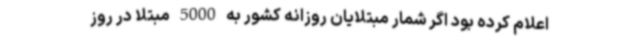
اعلام کرده بود اگر شمار مبتلایان روزانه کشور به 5000 مبتلا در روز